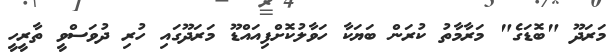
މަރަަދޫ "ބޮޑަގެ" މަރާމާތު ކުރަން ބަޔަކާ ހަވާލުކޮށްފިއައްޑޫ މަރަދޫގައި ހުރި ދުވަސްވީ ތާރީހީ